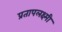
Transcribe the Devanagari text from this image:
प्रतापलक्ष्मी